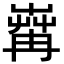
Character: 𦱶